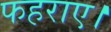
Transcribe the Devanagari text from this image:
फहराए।